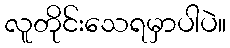
လူတိုင်းသေရမှာပါပဲ။